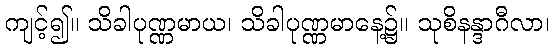
ကျင့်၍။ သိခါပုဏ္ဏမာယ၊ သိခါပုဏ္ဏမာနေ့၌။ သုစိနန္ဒာဂီလာ၊